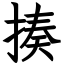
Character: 揍